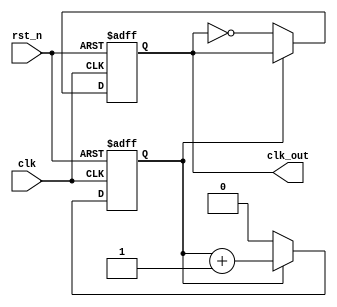
module div2(input clk, input rst_n, output reg clk_out);

reg cnt;

always @(posedge clk or negedge rst_n) 
begin
	if(!rst_n) 
	begin
		cnt <= 1'b0;
		clk_out <= 1'b0;
	end 
	else
	begin
		//if(cnt == 1) 
		if(cnt == 0)
		begin
			cnt <= 1'b0;
			clk_out <= ~clk_out;
		end
		else 
		begin
			cnt <= cnt + 1'b1;
		end
	end
end

endmodule